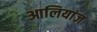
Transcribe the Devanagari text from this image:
आलियांज